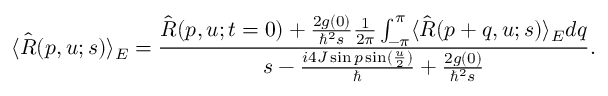
\langle \hat { R } ( p , u ; s ) \rangle _ { E } = \frac { \hat { R } ( p , u ; t = 0 ) + \frac { 2 g ( 0 ) } { \hbar ^ { 2 } s } \frac { 1 } { 2 \pi } \int _ { - \pi } ^ { \pi } \langle \hat { R } ( p + q , u ; s ) \rangle _ { E } d q } { s - \frac { i 4 J \sin p \sin ( \frac { u } { 2 } ) } { \hbar } + \frac { 2 g ( 0 ) } { \hbar ^ { 2 } s } } .